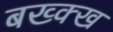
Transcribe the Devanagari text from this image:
बख्क्ख